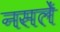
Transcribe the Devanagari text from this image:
नसलें